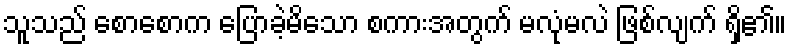
သူသည် စောစောက ပြောခဲ့မိသော စကားအတွက် မလုံမလဲ ဖြစ်လျက် ရှိ၏။